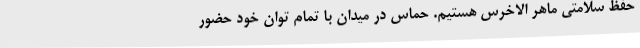
حفظ سلامتی ماهر الاخرس هستیم. حماس در میدان با تمام توان خود حضور